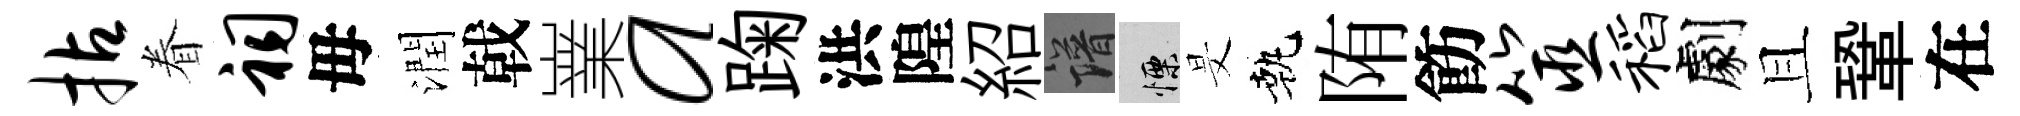
拈眷祠毋潤戟嶪a踘洪隍紹譜慄旻執陏飭筮稻劇且鞏在